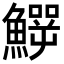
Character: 𩻙